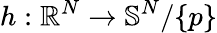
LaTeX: h:\mathbb{R}^{N}\rightarrow\mathbb{S}^{N}/\{ p\}